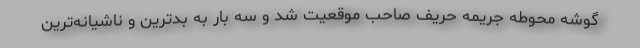
گوشه محوطه جریمه حریف صاحب موقعیت شد و سه بار به بدترین و ناشیانه‌ترین